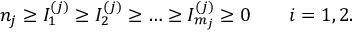
n _ { j } \ge I _ { 1 } ^ { ( j ) } \ge I _ { 2 } ^ { ( j ) } \ge \dots \ge I _ { m _ { j } } ^ { ( j ) } \ge 0 \qquad i = 1 , 2 .